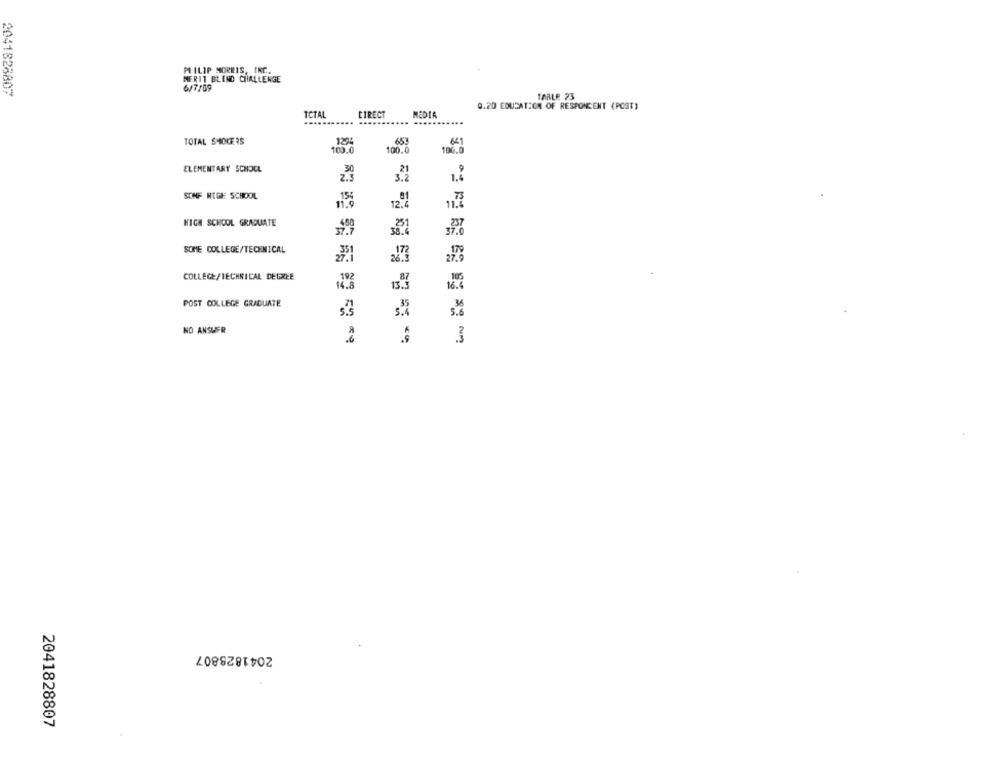
PHILIP MORRIS, INC ..
MERIT BLEND CHALLENGE
2041828807
6/7/09
TABLE 23
0.20 EDUCATION OF RESPONCENT (POST)
TOTAL
DIRECT
MEDIA
.......
TOTAL SMOKERS
65
100.0
100.0
ELEMENTARY SCHOOL
2.9
SONF HIGH SCHOOL
HIGH SCHOOL GRADUATE
SOME COLLEGE/TECHNICAL
27.1
COLLEGE/TECHNICAL DEGREE
POST COLLEGE GRADUATE
NO ANSWER
2041828807
2041828807